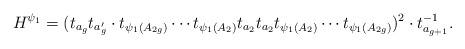
LaTeX: \begin{align*}H^{\psi_1}=(t_{a_g}t_{a_g^\prime} \cdot t_{\psi_1(A_{2g})}\cdots t_{\psi_1(A_2)}t_{a_2}t_{a_2}t_{\psi_1(A_2)}\cdots t_{\psi_1(A_{2g})})^2 \cdot t_{a_{g+1}}^{-1}. \end{align*}